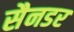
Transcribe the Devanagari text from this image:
सैनडर